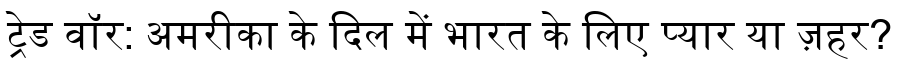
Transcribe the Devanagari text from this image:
ट्रेड वॉर: अमरीका के दिल में भारत के लिए प्यार या ज़हर?